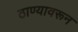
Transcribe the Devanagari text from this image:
ठाण्यावरून